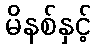
မိနစ်နှင့်